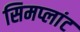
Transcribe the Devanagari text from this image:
सिमप्लांट